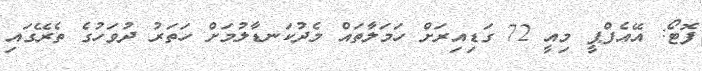
ފޮޓޯ: އޭއެފްޕީ މިއީ 72 ގަޑިއިރަށް ހަމަލާތައް މެދުކަނޑާލުމަށް ހަތަރު ދުވަހުގެ ތެރޭގައި